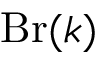
\operatorname { B r } ( k )